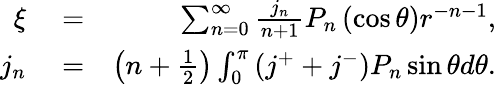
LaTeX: \begin{array}{rlr}{\xi}&{{}=}&{\sum_{n=0}^{\infty}\frac{j_{n}}{n+1}P_{n}\left(\cos\theta\right)r^{-n-1},}\\ {j_{n}}&{{}=}&{\left(n+\frac{1}{2}\right)\int_{0}^{\pi}\left(j^{+}+j^{-}\right)P_{n}\sin\theta d\theta.}\end{array}